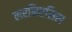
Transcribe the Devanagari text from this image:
लरनिएसिस